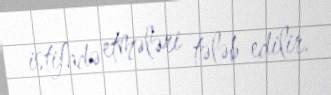
istifadə etmələri tələb edilir.